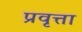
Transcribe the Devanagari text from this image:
प्रवृत्ता